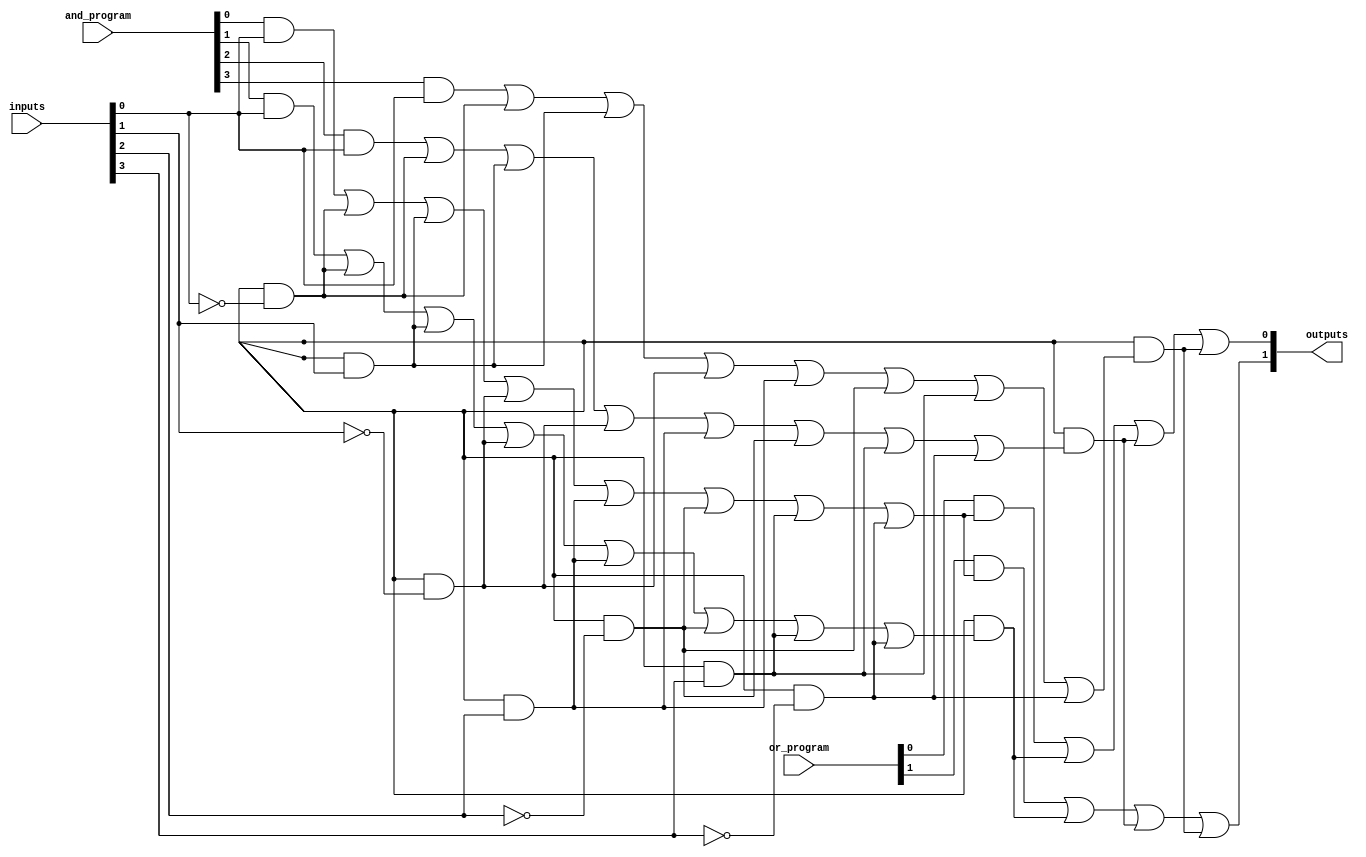
module PLA (
    input wire [N-1:0] inputs,        // N input lines
    input wire [M-1:0] and_program,   // Programming for AND gates
    input wire [P-1:0] or_program,     // Programming for OR gates
    output wire [Q-1:0] outputs        // Q output lines
);
    parameter N = 4; // Number of inputs
    parameter M = 4; // Number of AND gates
    parameter P = 2; // Number of OR gates
    parameter Q = 2; // Number of outputs

    // Internal signals for AND gate outputs
    wire [M-1:0] and_out;

    // AND Array
    genvar i;
    generate
        for (i = 0; i < M; i = i + 1) begin : and_array
            assign and_out[i] = (and_program[i] & inputs[0]) |
                                 (and_program[i + M] & ~inputs[0]) |
                                 (and_program[i + 2*M] & inputs[1]) |
                                 (and_program[i + 3*M] & ~inputs[1]) |
                                 (and_program[i + 4*M] & inputs[2]) |
                                 (and_program[i + 5*M] & ~inputs[2]) |
                                 (and_program[i + 6*M] & inputs[3]) |
                                 (and_program[i + 7*M] & ~inputs[3]);
        end
    endgenerate

    // OR Array
    genvar j;
    generate
        for (j = 0; j < Q; j = j + 1) begin : or_array
            assign outputs[j] = (or_program[j] & and_out[0]) |
                                (or_program[j + P] & and_out[1]) |
                                (or_program[j + 2*P] & and_out[2]) |
                                (or_program[j + 3*P] & and_out[3]);
        end
    endgenerate

endmodule